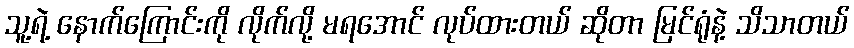
သူ့ရဲ့ နောက်ကြောင်းကို လိုက်လို့ မရအောင် လုပ်ထားတယ် ဆိုတာ မြင်ရုံနဲ့ သိသာတယ်